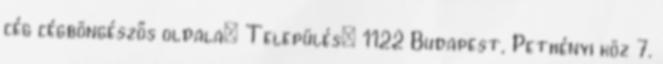
cég cégböngészős oldala: Település: 1122 Budapest, Pethényi köz 7.